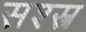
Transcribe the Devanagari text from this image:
सश्स्त्र